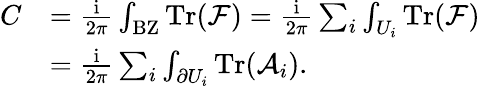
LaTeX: \begin{array}{rl}{C}&{=\frac{\mathrm{i}}{2\pi}\int_{\mathrm{BZ}}\mathrm{Tr}(\mathcal{F})=\frac{\mathrm{i}}{2\pi}\sum_{i}\int_{U_{i}}\mathrm{Tr}(\mathcal{F})}\\ &{=\frac{\mathrm{i}}{2\pi}\sum_{i}\int_{\partial U_{i}}\mathrm{Tr}(\mathcal{A}_{i}).}\end{array}